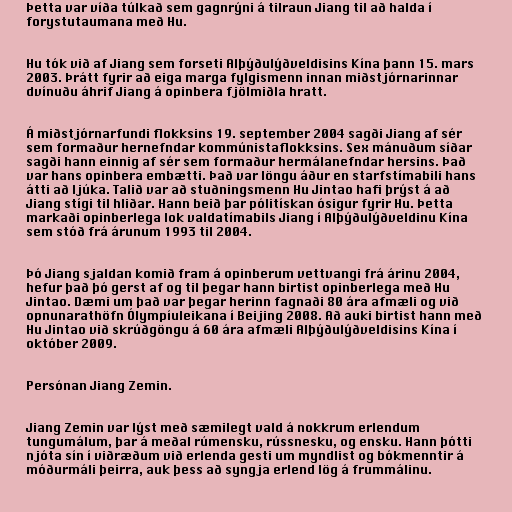
Þetta var víða túlkað sem gagnrýni á tilraun Jiang til að halda í
forystutaumana með Hu.

Hu tók við af Jiang sem forseti Alþýðulýðveldisins Kína þann 15. mars
2003. Þrátt fyrir að eiga marga fylgismenn innan miðstjórnarinnar
dvínuðu áhrif Jiang á opinbera fjölmiðla hratt.

Á miðstjórnarfundi flokksins 19. september 2004 sagði Jiang af sér
sem formaður hernefndar kommúnistaflokksins. Sex mánuðum síðar
sagði hann einnig af sér sem formaður hermálanefndar hersins. Það
var hans opinbera embætti. Það var löngu áður en starfstímabili hans
átti að ljúka. Talið var að stuðningsmenn Hu Jintao hafi þrýst á að
Jiang stígi til hliðar. Hann beið þar pólitískan ósigur fyrir Hu. Þetta
markaði opinberlega lok valdatímabils Jiang í Alþýðulýðveldinu Kína
sem stóð frá árunum 1993 til 2004.

Þó Jiang sjaldan komið fram á opinberum vettvangi frá árinu 2004,
hefur það þó gerst af og til þegar hann birtist opinberlega með Hu
Jintao. Dæmi um það var þegar herinn fagnaði 80 ára afmæli og við
opnunarathöfn Ólympíuleikana í Beijing 2008. Að auki birtist hann með
Hu Jintao við skrúðgöngu á 60 ára afmæli Alþýðulýðveldisins Kína í
október 2009.

Persónan Jiang Zemin.

Jiang Zemin var lýst með sæmilegt vald á nokkrum erlendum
tungumálum, þar á meðal rúmensku, rússnesku, og ensku. Hann þótti
njóta sín í viðræðum við erlenda gesti um myndlist og bókmenntir á
móðurmáli þeirra, auk þess að syngja erlend lög á frummálinu.